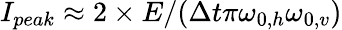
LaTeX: I_{peak}\approx 2\times E/(\Delta t\pi\omega_{0,h}\omega_{0,v})